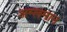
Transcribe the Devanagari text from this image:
अम्लमान